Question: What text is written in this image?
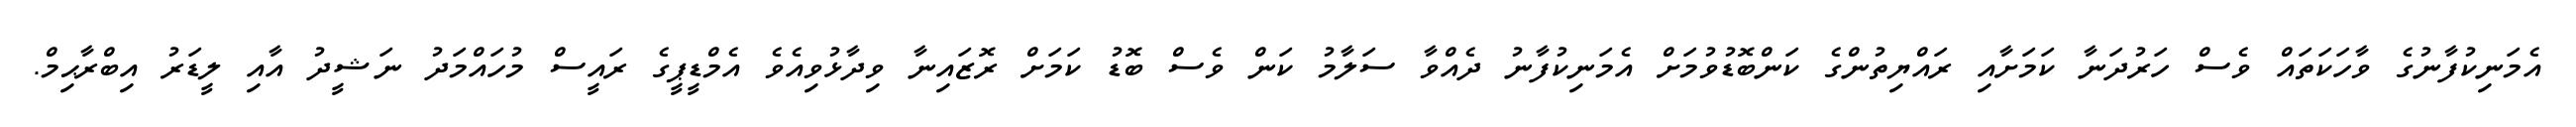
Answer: އެމަނިކުފާނުގެ ވާހަކަތައް ވެސް ހަރުދަނާ ކަމަށާއި ރައްޔިތުންގެ ކަންބޮޑުވުމަށް އެމަނިކުފާނު ދެއްވާ ސަލާމު ކަން ވެސް ބޮޑު ކަމަށް ރޮޒައިނާ ވިދާޅުވިއެވެ އެމްޑީޕީގެ ރައީސް މުހައްމަދު ނަޝީދު އާއި ލީޑަރު އިބްރާޙިމް.